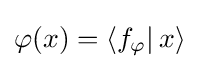
\varphi (x)=\left\langle f_{\varphi }|\,x\right\rangle